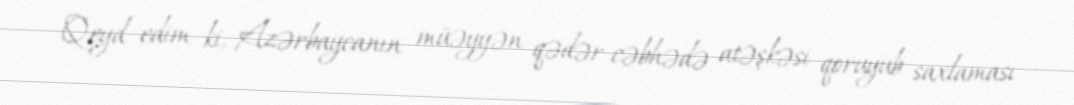
Qeyd edim ki, Azərbaycanın müəyyən qədər cəbhədə atəşkəsi qoruyub saxlaması